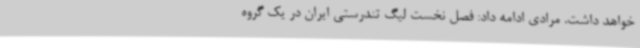
خواهد داشت. مرادی ادامه داد: فصل نخست لیگ تندرستی ایران در یک گروه